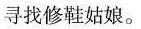
寻找修鞋姑娘。